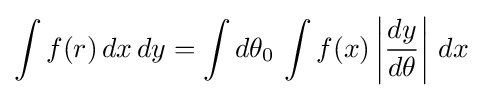
\int f(r)\,dx\,dy=\int d\theta _{0}\,\int f(x)\left|{\frac {dy}{d\theta }}\right|\,dx